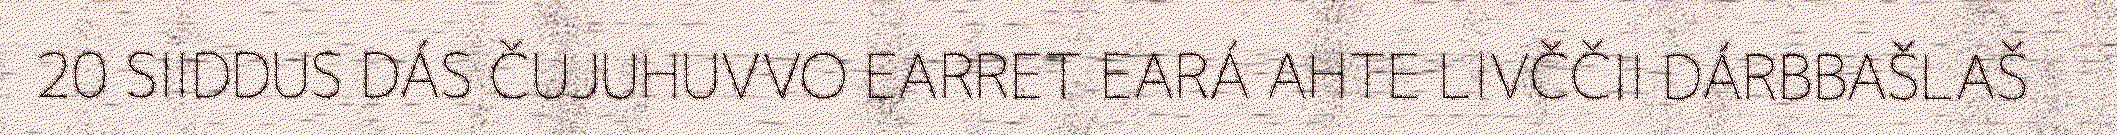
20 SIIDDUS DÁS ČUJUHUVVO EARRET EARÁ AHTE LIVČČII DÁRBBAŠLAŠ